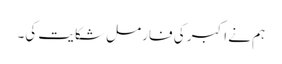
ہم نے اکبر کی فارمل شکایت کی۔